Indian journal of veterinary science and animal husbandry - Volumes 26-27, 1956-1957
Year: 1956
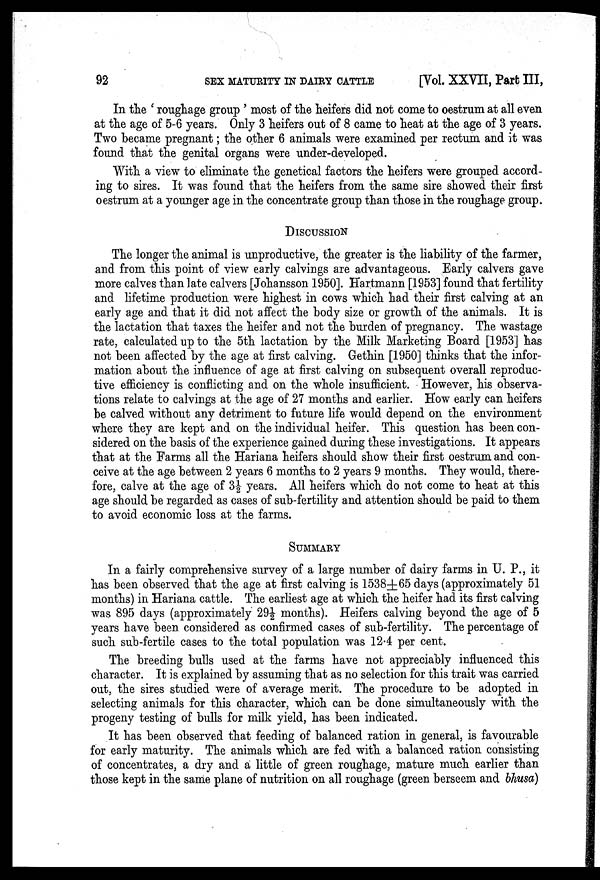
92
SEX MATURITY IN DAIRY CATTLE
[Vol. XXVII, Part III,
In the ' roughage group ' most of the heifers did not come to oestrum at all even
at the age of 5-6 years. Only 3 heifers out of 8 came to heat at the age of 3 years.
Two became pregnant ; the other 6 animals were examined per rectum and it was
found that the genital organs were under-developed.
With a view to eliminate the genetical factors the heifers were grouped accord-
ing to sires. It was found that the heifers from the same sire showed their first
oestrum at a younger age in the concentrate group than those in the roughage group.
DISCUSSION
The longer the animal is unproductive, the greater is the liability of the farmer,
and from this point of view early calvings are advantageous. Early calvers gave
more calves than late calvers [Johansson 1950]. Hartmann [1953] found that fertility
and lifetime production were highest in cows which had their first calving at an
early age and that it did not affect the body size or growth of the animals. It is
the lactation that taxes the heifer and not the burden of pregnancy. The wastage
rate, calculated up to the 5th lactation by the Milk Marketing Board [1953] has
not been affected by the age at first calving. Gethin [1950] thinks that the infor-
mation about the influence of age at first calving on subsequent overall reproduc-
tive efficiency is conflicting and on the whole insufficient. However, his observa-
tions relate to calvings at the age of 27 months and earlier. How early can heifers
be calved without any detriment to future life would depend on the environment
where they are kept and on the individual heifer. This question has been con-
sidered on the basis of the experience gained during these investigations. It appears
that at the Farms all the Hariana heifers should show their first oestrum and con-
ceive at the age between 2 years 6 months to 2 years 9 months. They would, there-
fore, calve at the age of 3½ years. All heifers which do not come to heat at this
age should be regarded as cases of sub-fertility and attention should be paid to them
to avoid economic loss at the farms.
SUMMARY
In a fairly comprehensive survey of a large number of dairy farms in U. P., it
has been observed that the age at first calving is 1538±65 days (approximately 51
months) in Hariana cattle. The earliest age at which the heifer had its first calving
was 895 days (approximately 29½ months). Heifers calving beyond the age of 5
years have been considered as confirmed cases of sub-fertility. The percentage of
such sub-fertile cases to the total population was 12.4 per cent.
The breeding bulls used at the farms have not appreciably influenced this
character. It is explained by assuming that as no selection for this trait was carried
out, the sires studied were of average merit. The procedure to be adopted in
selecting animals for this character, which can be done simultaneously with the
progeny testing of bulls for milk yield, has been indicated.
It has been observed that feeding of balanced ration in general, is favourable
for early maturity. The animals which are fed with a balanced ration consisting
of concentrates, a dry and a little of green roughage, mature much earlier than
those kept in the same plane of nutrition on all roughage (green berseem and bhusa)